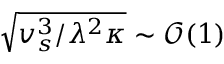
\sqrt { v _ { s } ^ { 3 } / \lambda ^ { 2 } \kappa } \sim \mathcal { O } ( 1 )